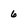
Character: 6